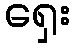
ရှေး